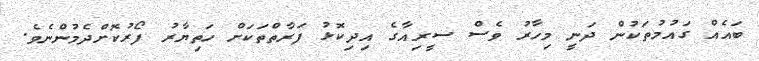
ބައެއް ގައުމުތަކުން ދަނީ މިހާރު ވެސް ސީރިއާގެ އިދިކޮޅު ފަރާތްތަކަށް ހަތިޔާރު ފޯރުކޮށްދެމުންނެވެ.